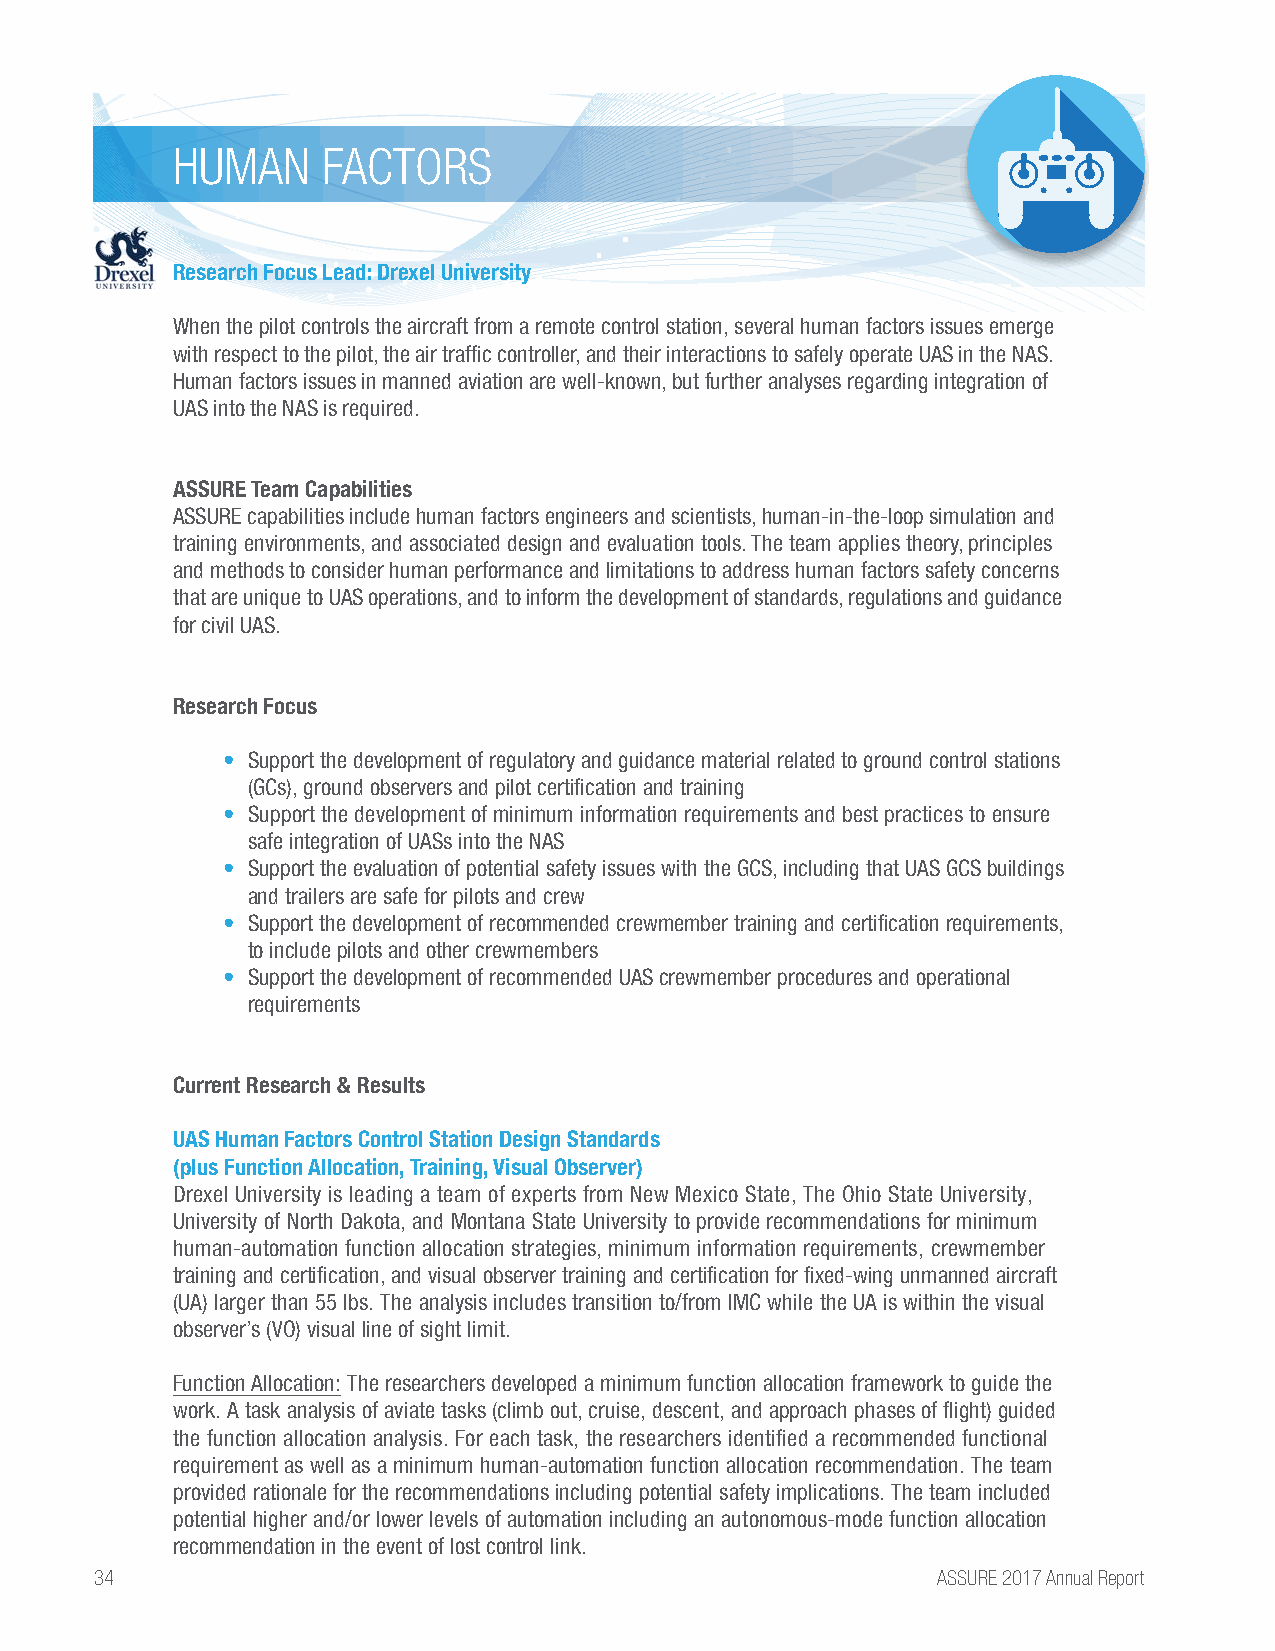
HUMAN     FACTORS
 Research Focus Lead: Drexel University
 When the pilot controls the aircraft from a remote control station, several human factors issues emerge
 with respect to the pilot, the air traffic controller, and their interactions to safely operate UAS in the NAS.
 Human factors issues in manned aviation are well-known, but further analyses regarding integration of
 UAS into the NAS is required.
 ASSURE Team Capabilities
 ASSURE capabilities include human factors engineers and scientists, human-in-the-loop simulation and
 training environments, and associated design and evaluation tools. The team applies theory, principles
 and methods to consider human performance and limitations to address human factors safety concerns
 that are unique to UAS operations, and to inform the development of standards, regulations and guidance
 for civil UAS.
 Research Focus
 • Support the development of regulatory and guidance material related to ground control stations
 (GCs), ground observers and pilot certification and training
 • Support the development of minimum information requirements and best practices to ensure
 safe integration of UASs into the NAS
 • Support the evaluation of potential safety issues with the GCS, including that UAS GCS buildings
 and trailers are safe for pilots and crew
 • Support the development of recommended crewmember training and certification requirements,
 to include pilots and other crewmembers
 • Support the development of recommended UAS crewmember procedures and operational
 requirements
 Current Research & Results
 UAS Human Factors Control Station Design Standards
 (plus Function Allocation, Training, Visual Observer)
 Drexel University is leading a team of experts from New Mexico State, The Ohio State University,
 University of North Dakota, and Montana State University to provide recommendations for minimum
 human-automation function allocation strategies, minimum information requirements, crewmember
 training and certification, and visual observer training and certification for fixed-wing unmanned aircraft
 (UA) larger than 55 lbs. The analysis includes transition to/from IMC while the UA is within the visual
 observer’s (VO) visual line of sight limit.
 Function Allocation: The researchers developed a minimum function allocation framework to guide the
 work. A task analysis of aviate tasks (climb out, cruise, descent, and approach phases of flight) guided
 the function allocation analysis. For each task, the researchers identified a recommended functional
 requirement as well as a minimum human-automation function allocation recommendation. The team
 provided rationale for the recommendations including potential safety implications. The team included
 potential higher and/or lower levels of automation including an autonomous-mode function allocation
 recommendation in the event of lost control link.
 34                                                      ASSURE 2017 Annual Report